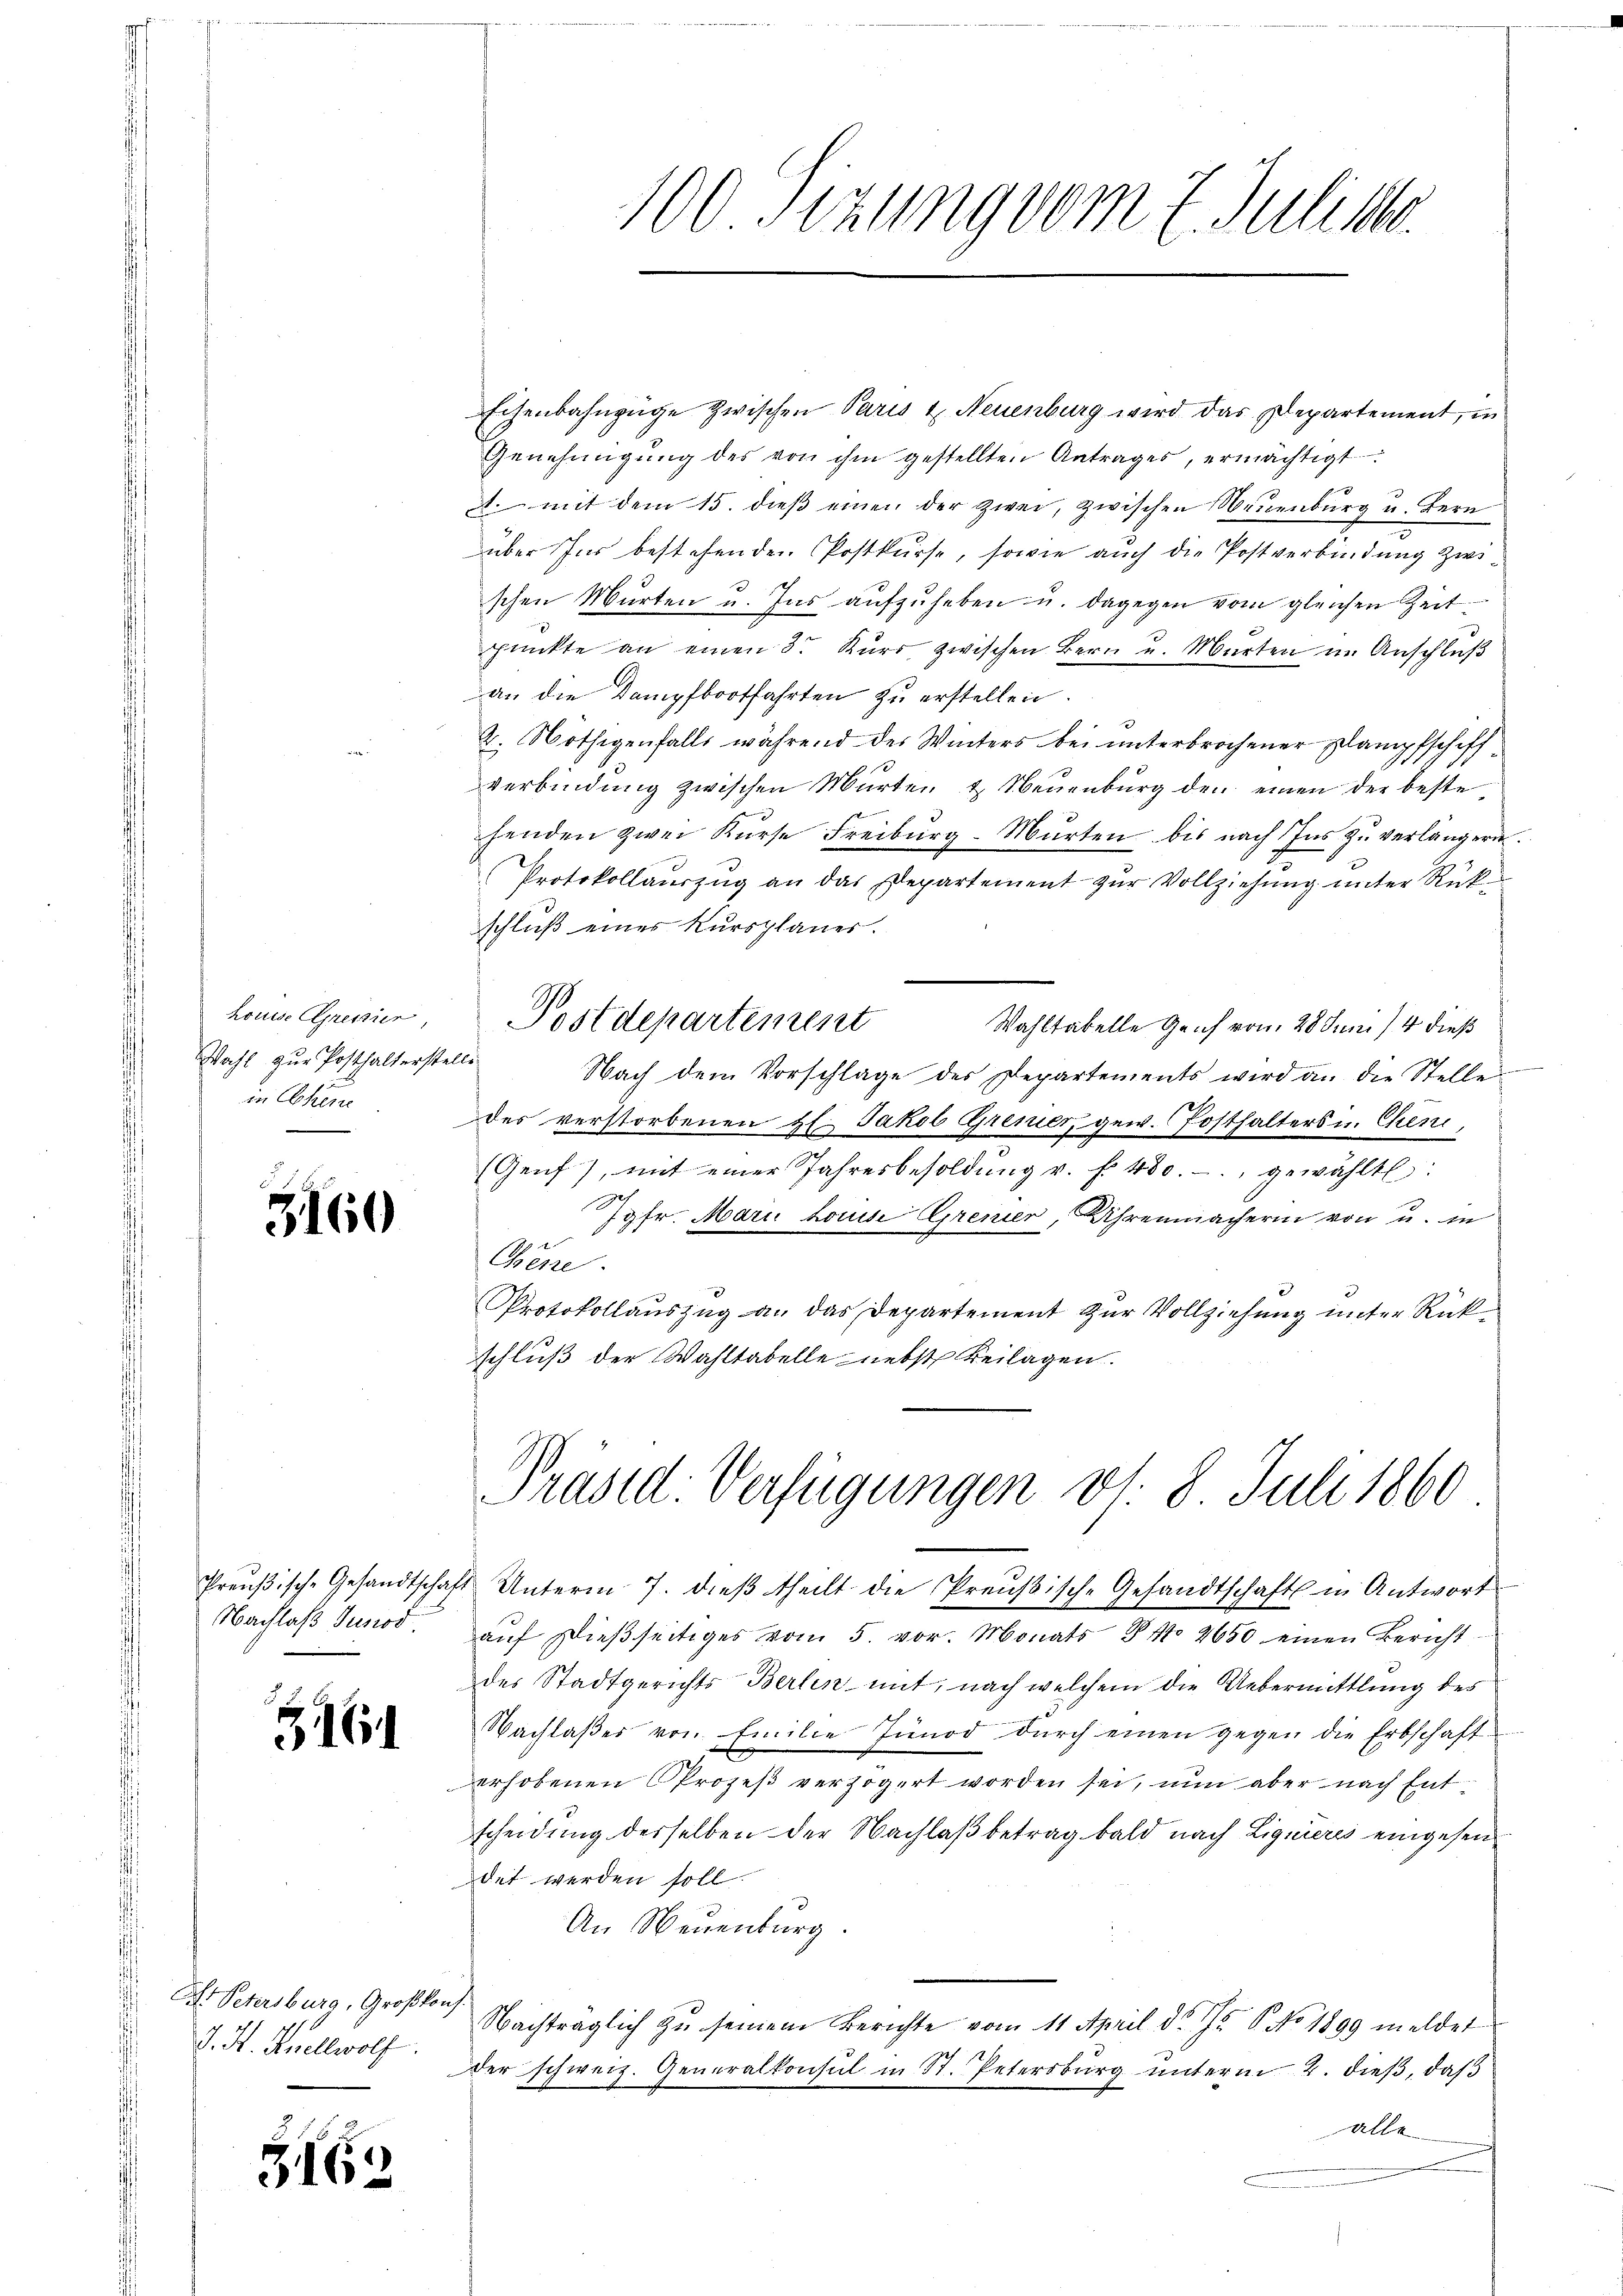
houise premier,
Wahl zur Posthalterstel
in Asien

3160

Nachlaß Junod.

36

Dr Petersburg, Großkons.
J. H. Snellwolf

3163

100. Sizung vom 7. Juliste

Eisenbahnzüge zwischen Paris u Neuenburg wird das Departement, in
Genehmigŭng des von ihm gestellten Antrages, ermächtigt
. mit dem 15. dieβ einen der zwei, zwischen Neuenburg u. Bern
über Ins bestehenden Postkurse, sowie auch die Postverbindung zwischen Murten u. Ins aufzuheben u. dagegen vom gleichen Zeit
pŭnkte an einen 3. Kŭrs zwischen Bern u. Marten im Anschluß
an die Dampfbootfahrten zŭ erstellen.
2. Nöthigenfalls während des Winters bei unterbrochener Elampfschiffverbindung zwischen Murten & Neuenburg den einen der beste
henden zwei Kŭrse Freibŭrg-Mŭrten bis nach Ins zŭ verlängern.
Protokollaŭszŭg an das Departement zŭr Vollziehung unter Rückschluß eines Kursplanes.
Postdepartement Wahltabelle Genf von 28 Juni 14 dieß
a
Nach dem Vorschlage der Departements wird an die Stelle
des verstorbenen Hs. Jakob Gremer, gew. Posthalters in Cheni,
(Genf), mit einer Jahresbesoldŭng u. f. 430.- gewählt:
h
Jgfr. Mari Louise Gremier, Uhrenmacherin von u. in
Pénze.
Protokollauszug an das Departement zur Vollziehung unter Rück-
schluß der Wahltabelle nebst Beilagen.

aŭf dießseitiges vom 5. vor. Monats B. No 2650 einen Bericht
des Stadtgerichts Berlin mit, nach welchem die Uebermittlung des
Nachlaßes von Emilie Junod durch einen gegen die Erbschaft-
erhobenen Prozeß verzögert worden sei, nun aber nach Ent-
scheidung derselben der Nachlaß betrag bald nach Liquieres eingesen
det werden soll.
An Neuenburg.
Nachträglich zu seinem Berichte vom 11. April d. Js. 6 No 1899 meldet
der schweiz. Generalkonsul in St. Petersburg unterm 2. dieß, daß
alle

Präsid. Verfügungen vs. 8 Juli 1860
Preŭβische Gesandtschaft Unterm 7. dieβ theilt die Preŭβische Gesandtschaft in Antwort